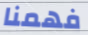
فهمنا